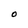
Character: O